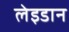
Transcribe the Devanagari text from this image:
लेइडान